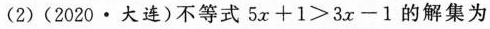
(2)(2020·大连)不等式5x+1>3x-1的解集为